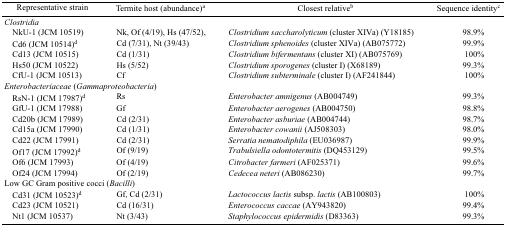
<table><thead><tr><td><b>Representative strain</b></td><td><b>Termite host (abundance)a</b></td><td><b>Closest relativeb</b></td><td><b>Sequence identityc</b></td></tr></thead><tbody><tr><td colspan="4"><i>Clostridia</i></td></tr><tr><td> NkU-1 (JCM 10519)</td><td>Nk, Of (4/19), Hs (47/52),</td><td><i>Clostridium saccharolyticum</i> (cluster XIVa) (Y18185)</td><td>98.9%</td></tr><tr><td> Cd6 (JCM 10514)d</td><td>Cd (7/31), Nt (39/43)</td><td><i>Clostridium sphenoides</i> (cluster XIVa) (AB075772)</td><td>99.9%</td></tr><tr><td> Cd13 (JCM 10515)</td><td>Cd (1/31)</td><td><i>Clostridium bifermentans</i> (cluster XI) (AB075769)</td><td>100%</td></tr><tr><td> Hs50 (JCM 10522)</td><td>Hs (5/52)</td><td><i>Clostridium sporogenes</i> (cluster I) (X68189)</td><td>99.3%</td></tr><tr><td> CfU-1 (JCM 10513)</td><td>Cf</td><td><i>Clostridium subterminale</i> (cluster I) (AF241844)</td><td>100%</td></tr><tr><td colspan="4"><i>Enterobacteriaceae</i> (<i>Gammaproteobacteria</i>)</td></tr><tr><td> RsN-1 (JCM 17987)d</td><td>Rs</td><td><i>Enterobacter amnigenus</i> (AB004749)</td><td>99.3%</td></tr><tr><td> GfU-1 (JCM 17988)</td><td>Gf</td><td><i>Enterobacter aerogenes</i> (AB004750)</td><td>98.8%</td></tr><tr><td> Cd20b (JCM 17989)</td><td>Cd (2/31)</td><td><i>Enterobacter asburiae</i> (AB004744)</td><td>98.7%</td></tr><tr><td> Cd15a (JCM 17990)</td><td>Cd (1/31)</td><td><i>Enterobacter cowanii</i> (AJ508303)</td><td>98.0%</td></tr><tr><td> Cd22 (JCM 17991)</td><td>Cd (2/31)</td><td><i>Serratia nematodiphila</i> (EU036987)</td><td>99.9%</td></tr><tr><td> Of17 (JCM 17992)d</td><td>Of (9/19)</td><td><i>Trabulsiella odontotermitis</i> (DQ453129)</td><td>99.5%</td></tr><tr><td> Of6 (JCM 17993)</td><td>Of (4/19)</td><td><i>Citrobacter farmeri</i> (AF025371)</td><td>99.6%</td></tr><tr><td> Of24 (JCM 17994)</td><td>Of (2/19)</td><td><i>Cedecea neteri</i> (AB086230)</td><td>99.7%</td></tr><tr><td colspan="4">Low GC Gram positive cocci (<i>Bacilli</i>)</td></tr><tr><td> Cd31 (JCM 10523)d</td><td>Gf, Cd (2/31)</td><td><i>Lactococcus lactis</i> subsp. <i>lactis</i> (AB100803)</td><td>100%</td></tr><tr><td> Cd23 (JCM 10521)</td><td>Cd (16/31)</td><td><i>Enterococcus caccae</i> (AY943820)</td><td>99.4%</td></tr><tr><td> Nt1 (JCM 10537)</td><td>Nt (3/43)</td><td><i>Staphylococcus epidermidis</i> (D83363)</td><td>99.3%</td></tr></tbody></table>